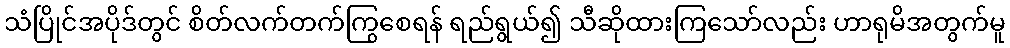
သံပြိုင်အပိုဒ်တွင် စိတ်လက်တက်ကြွစေရန် ရည်ရွယ်၍ သီဆိုထားကြသော်လည်း ဟာရုမိအတွက်မူ